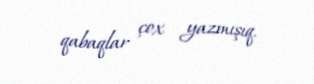
qabaqlar çox yazmışıq.